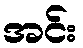
အင်း